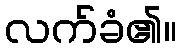
လက်ခံ၏။